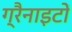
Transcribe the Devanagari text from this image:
ग्रैनाइटों